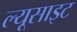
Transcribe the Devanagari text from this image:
ल्यूसाइट